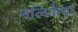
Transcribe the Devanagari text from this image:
नलिकेचा